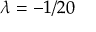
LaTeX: \lambda = - 1 / 2 0